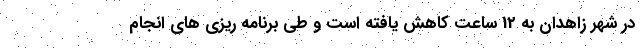
در شهر زاهدان به 12 ساعت کاهش یافته است و طی برنامه ریزی های انجام